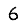
Digit: 6